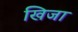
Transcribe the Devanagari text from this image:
खिजा